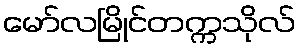
မော်လမြိုင်တက္ကသိုလ်